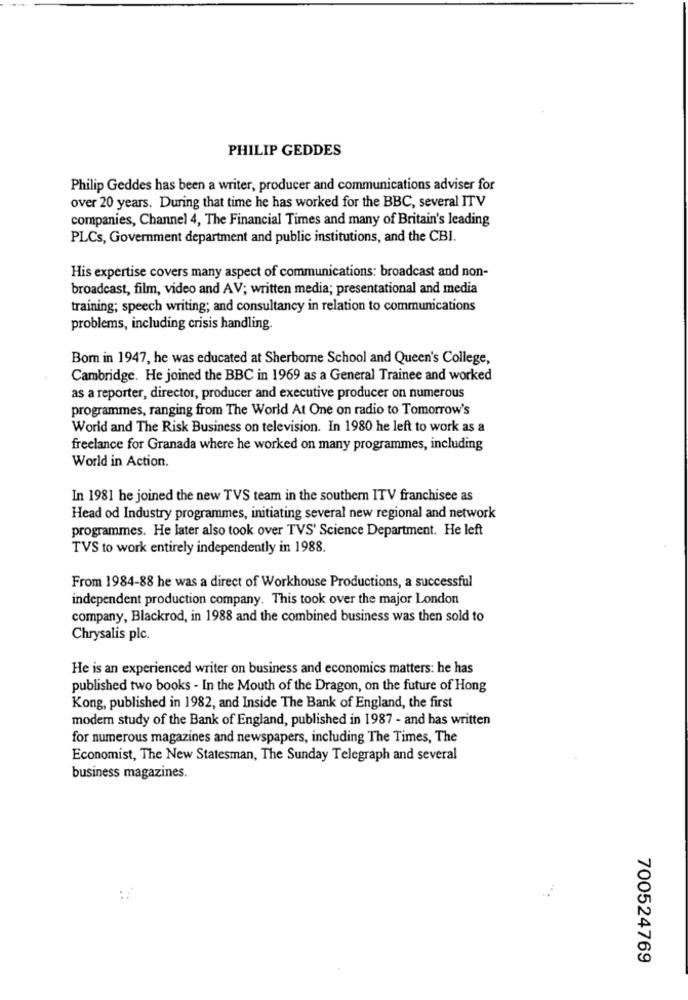
PHILIP GEDDES
Philip Geddes has been a writer, producer and communications adviser for
over 20 years. During that time he has worked for the BBC, several ITV
companies, Channel 4, The Financial Times and many of Britain's leading
PLCs, Government department and public institutions, and the CBI.
His expertise covers many aspect of communications: broadcast and non-
broadcast, film, video and AV; written media; presentational and media
training; speech writing; and consultancy in relation to communications
problems, including crisis handling.
Bom in 1947, he was educated at Sherborne School and Queen's College,
Cambridge. He joined the BBC in 1969 as a General Trainee and worked
as a reporter, director, producer and executive producer on numerous
programmes, ranging from The World At One on radio to Tomorrow's
World and The Risk Business on television. In 1980 he left to work as a
freelance for Granada where he worked on many programmes, including
World in Action.
In 1981 he joined the new TVS team in the southern ITV franchisee as
Head od Industry programmes, initiating several new regional and network
programmes. He later also took over TVS' Science Department. He left
TVS to work entirely independently in 1988.
From 1984-88 he was a direct of Workhouse Productions, a successful
independent production company. This took over the major London
company, Blackrod, in 1988 and the combined business was then sold to
Chrysalis plc.
He is an experienced writer on business and economics matters: he has
published two books - In the Mouth of the Dragon, on the future of Hong
Kong, published in 1982, and Inside The Bank of England, the first
modern study of the Bank of England, published in 1987 - and has written
for numerous magazines and newspapers, including The Times, The
Economist, The New Statesman, The Sunday Telegraph and several
business magazines.
700524769